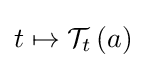
t\mapsto {\mathcal {T}}_{t}\left(a\right)